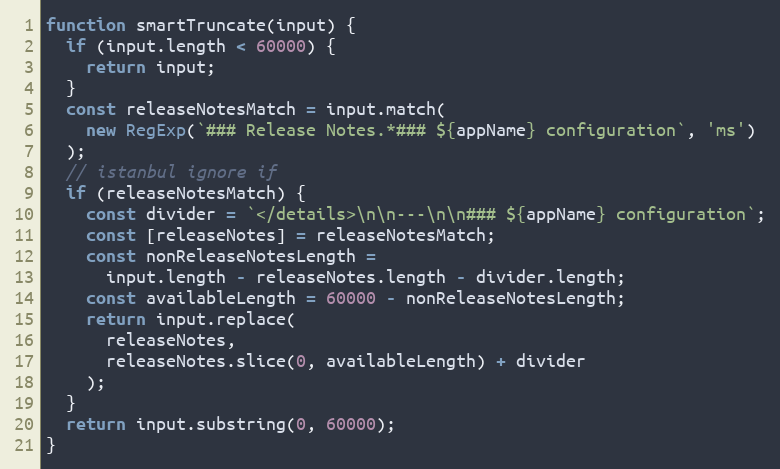
Language: JavaScript
function smartTruncate(input) {
  if (input.length < 60000) {
    return input;
  }
  const releaseNotesMatch = input.match(
    new RegExp(`### Release Notes.*### ${appName} configuration`, 'ms')
  );
  // istanbul ignore if
  if (releaseNotesMatch) {
    const divider = `</details>\n\n---\n\n### ${appName} configuration`;
    const [releaseNotes] = releaseNotesMatch;
    const nonReleaseNotesLength =
      input.length - releaseNotes.length - divider.length;
    const availableLength = 60000 - nonReleaseNotesLength;
    return input.replace(
      releaseNotes,
      releaseNotes.slice(0, availableLength) + divider
    );
  }
  return input.substring(0, 60000);
}